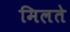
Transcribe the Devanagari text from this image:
मिलते